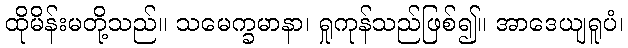
ထိုမိန်းမတို့သည်။ သမေက္ခမာနာ၊ ရှုကုန်သည်ဖြစ်၍။ အာဒေယျရူပံ၊